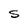
Character: S